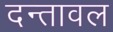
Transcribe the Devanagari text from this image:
दन्तावल